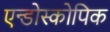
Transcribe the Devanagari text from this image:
एन्डोस्कोपिक